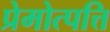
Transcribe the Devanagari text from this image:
प्रेमोत्पत्ति